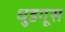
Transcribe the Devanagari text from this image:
धुडगूस